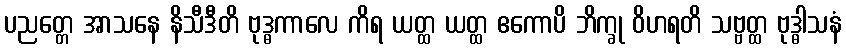
ပညတ္တေ အာသနေ နိသီဒီတိ ဗုဒ္ဓကာလေ ကိရ ယတ္ထ ယတ္ထ ဧကောပိ ဘိက္ခု ဝိဟရတိ သဗ္ဗတ္ထ ဗုဒ္ဓါသနံ